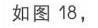
如图18，